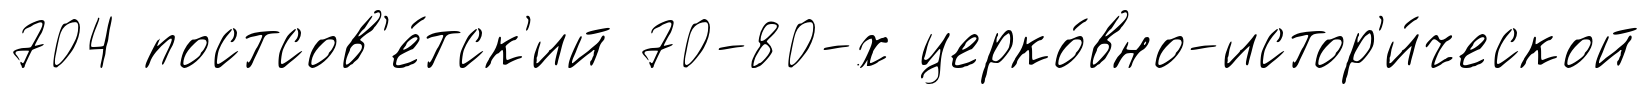
704 постсов'е́тск'ий 70-80-х церко́вно-истор'и́ческой